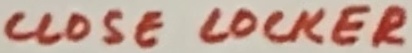
Text: CLOSE LOCKER